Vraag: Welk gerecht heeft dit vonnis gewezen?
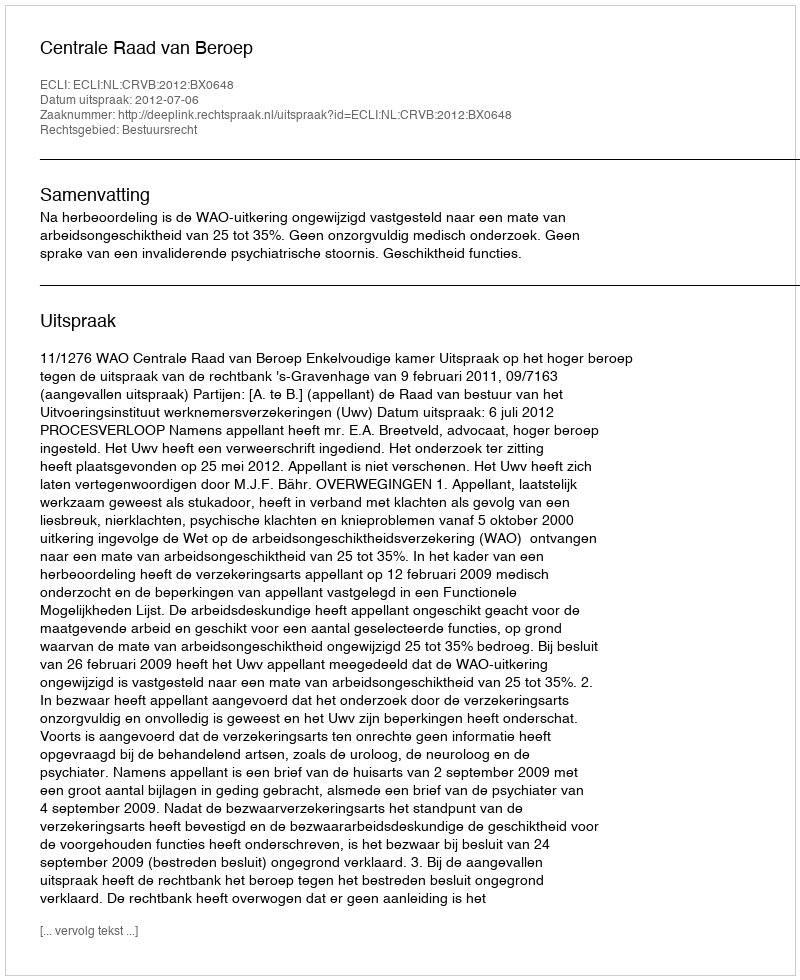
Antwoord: Centrale Raad van Beroep